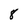
Character: 8